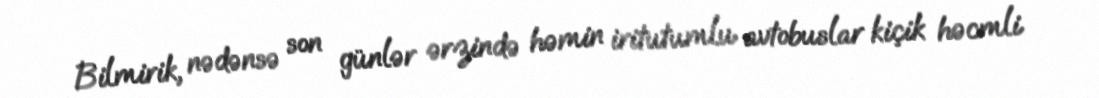
Bilmirik, nədənsə son günlər ərzində həmin iritutumlu avtobuslar kiçik həcmli